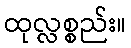
ထုလ္လစ္စည်း။